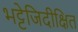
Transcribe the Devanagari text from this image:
भट्टेजिदीक्षित